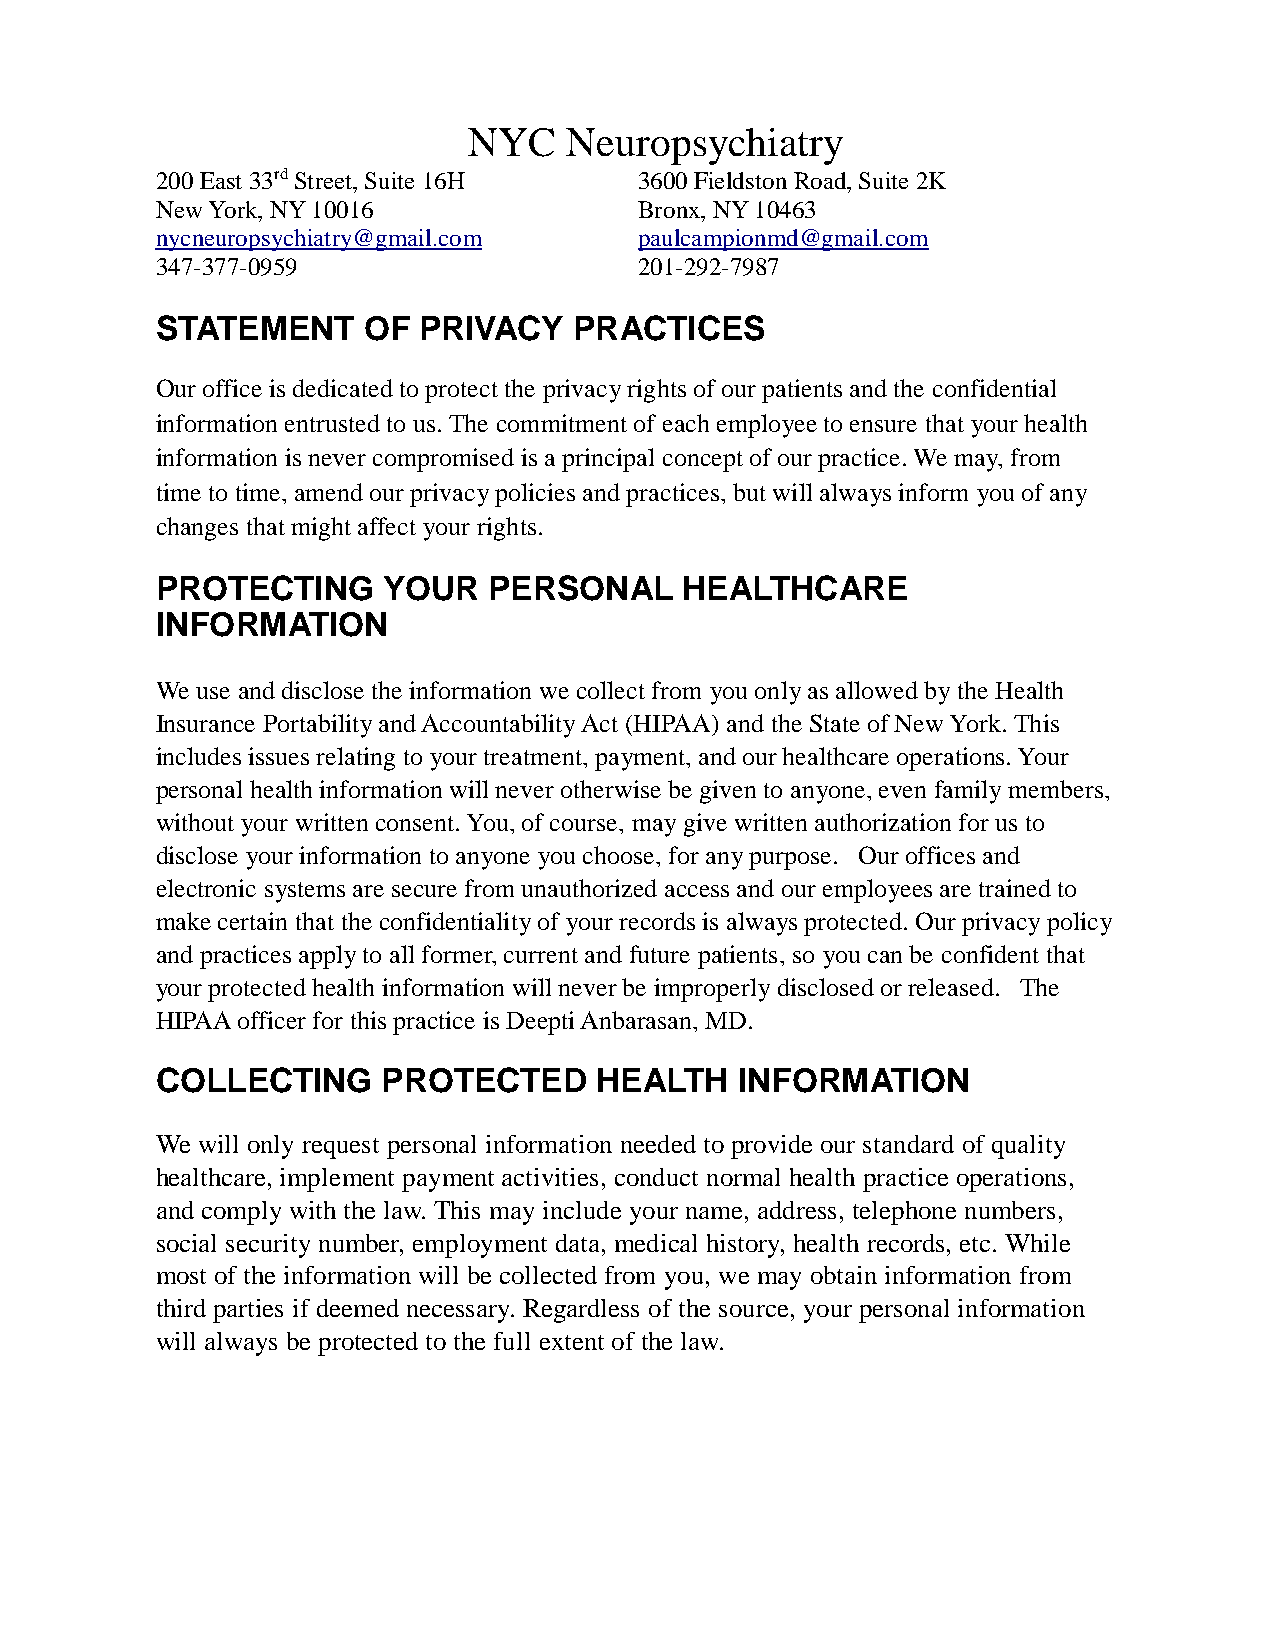
NYC   Neuropsychiatry
 200 East 33rd Street, Suite 16H 3600 Fieldston Road, Suite 2K
 New York, NY 10016              Bronx, NY 10463
 nycneuropsychiatry@gmail.com    paulcampionmd@gmail.com
 347-377-0959                    201-292-7987
 STATEMENT     OF  PRIVACY   PRACTICES
 Our office is dedicated to protect the privacy rights of our patients and the confidential
 information entrusted to us. The commitment of each employee to ensure that your health
 information is never compromised is a principal concept of our practice. We may, from
 time to time, amend our privacy policies and practices, but will always inform you of any
 changes that might affect your rights.
 PROTECTING     YOUR   PERSONAL     HEALTHCARE
 INFORMATION
 We use and disclose the information we collect from you only as allowed by the Health
 Insurance Portability and Accountability Act (HIPAA) and the State of New York. This
 includes issues relating to your treatment, payment, and our healthcare operations. Your
 personal health information will never otherwise be given to anyone, even family members,
 without your written consent. You, of course, may give written authorization for us to
 disclose your information to anyone you choose, for any purpose. Our offices and
 electronic systems are secure from unauthorized access and our employees are trained to
 make certain that the confidentiality of your records is always protected. Our privacy policy
 and practices apply to all former, current and future patients, so you can be confident that
 your protected health information will never be improperly disclosed or released. The
 HIPAA officer for this practice is Deepti Anbarasan, MD.
 COLLECTING     PROTECTED     HEALTH    INFORMATION
 We will only request personal information needed to provide our standard of quality
 healthcare, implement payment activities, conduct normal health practice operations,
 and comply with the law. This may include your name, address, telephone numbers,
 social security number, employment data, medical history, health records, etc. While
 most of the information will be collected from you, we may obtain information from
 third parties if deemed necessary. Regardless of the source, your personal information
 will always be protected to the full extent of the law.